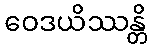
ဝေဒယိဿန္တိ